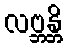
လဗ္ဘန္တိ